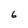
Character: 6